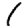
Digit: 1